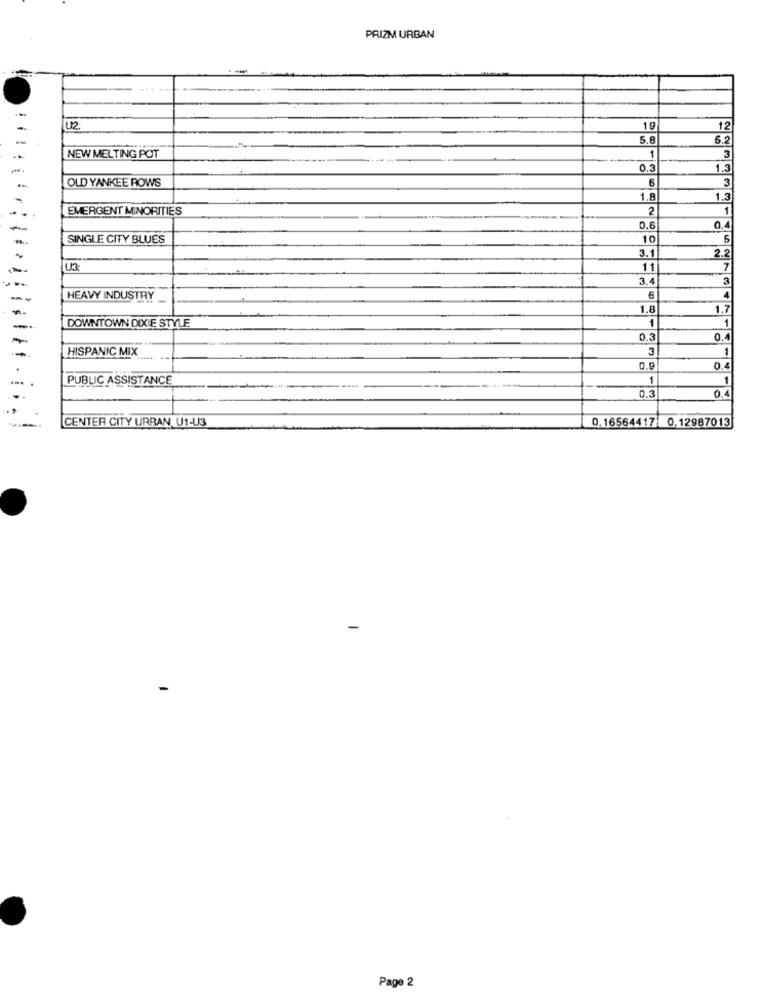
PRIZM URBAN
-
12.
19
12
5.6
6.2
3
NEW MELTING POT
1
0.3
1.3
OLD YANKEE ROWS
6
3
1.8
1.3
EMERGENT MINORITIES
2
1
0.6
0,4
SINGLE CITY BLUES
10
5
2.2
3.1
11
7
3.4
3
--
HEAVY INDUSTRY
4
1.8
1.7
DOWNTOWN DIXIE STYLE
1
1
0.4
HISPANIC MIX
3
1
0.9
0.4
...
PUBLIC ASSISTANCE
1
0.4
CENTER CITY URBAN U1-U3
0.16564417: 0.12987013
Page 2